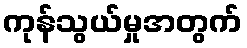
ကုန်သွယ်မှုအတွက်